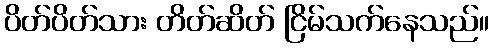
ပိတ်ပိတ်သား တိတ်ဆိတ် ငြိမ်သက်နေသည်။